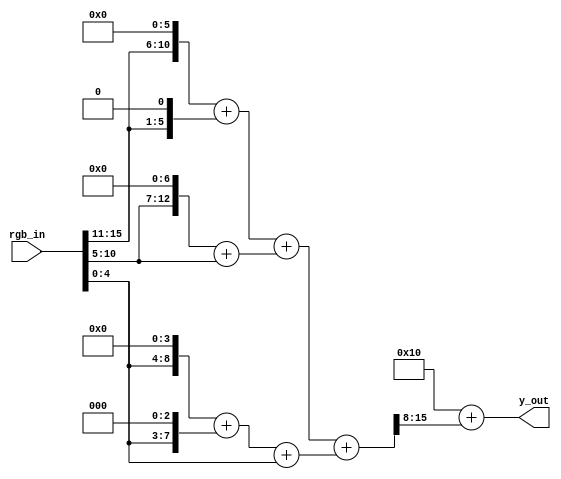
//rgbyuv(y)
module rgb_yuv(
        input [15:0] rgb_in,
        output [7:0] y_out
    );


    wire [15:0] R;
    wire [15:0] G;
    wire [15:0] B;
    wire [15:0] R_p;
    wire [15:0] G_p;
    wire [15:0] B_p;
    wire [15:0] sum;

    assign R = {11'b0,rgb_in[15:11]};
    assign G = {10'b0,rgb_in[10:5]};
    assign B = {11'b0,rgb_in[4:0]};

    assign R_p=((R<<6)+(R<<1));
    assign G_p=((G<<7)+G);
    assign B_p=((B<<4)+(B<<3)+B);
    assign sum = R_p + G_p + B_p;
    assign y_out = 8'd16 + (sum>>8);
endmodule